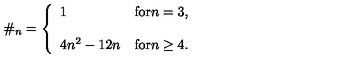
\# _ { n } = \left\{ \begin{array} { l l } { 1 } & { \mathrm { f o r } n = 3 , } \\ { { } } & { { } } \\ { 4 n ^ { 2 } - 1 2 n } & { \mathrm { f o r } n \geq 4 . } \\ \end{array} \right.